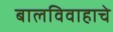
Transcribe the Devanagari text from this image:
बालविवाहाचे